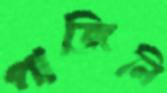
পাজিনি